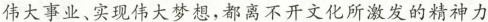
伟大事业、实现伟大梦想，都离不开文化所激发的精神力